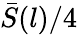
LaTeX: \bar{S}(l)/4